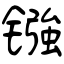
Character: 镪